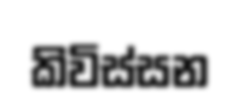
කිවිස්සන